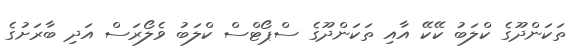
ތަކަންދޫގެ ކްލަބު ކޭކޭ އާއި ތަކަންދޫގެ ސްޕޯޓްސް ކްލަބު ވެލޯރަސް އަދި ބާރަށުގެ